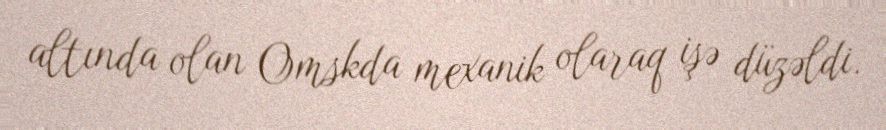
altında olan Omskda mexanik olaraq işə düzəldi.